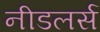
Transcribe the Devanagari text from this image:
नीडलर्स